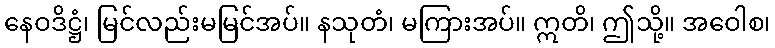
နေဝဒိဋ္ဌံ၊ မြင်လည်းမမြင်အပ်။ နသုတံ၊ မကြားအပ်။ ဣတိ၊ ဤသို့။ အဝေါစ၊